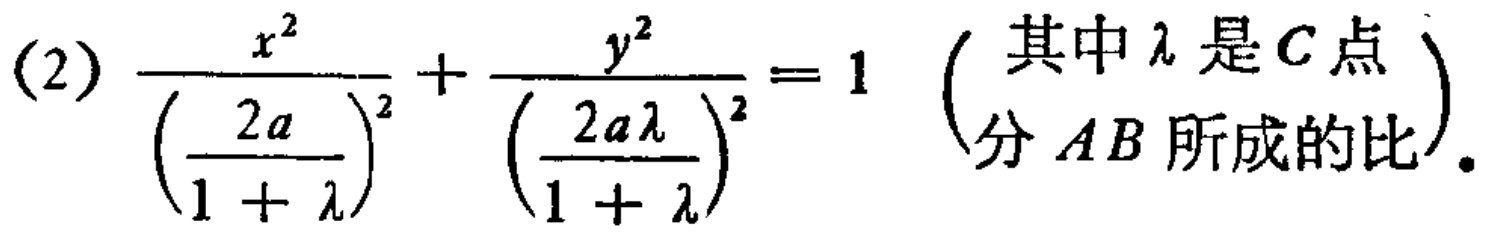
(2) \(\frac{x^{2}}{\left(\frac{2a}{1 + \lambda}\right)^{2}}+\frac{y^{2}}{\left(\frac{2a\lambda}{1 + \lambda}\right)^{2}} = 1\)（其中\(\lambda\)是\(C\)点分\(AB\)所成的比）